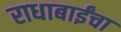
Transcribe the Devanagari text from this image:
राधाबाईंचा